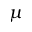
\mu